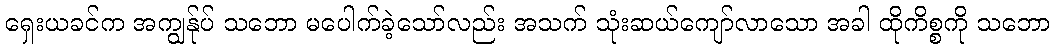
ရှေးယခင်က အကျွန်ုပ် သဘော မပေါက်ခဲ့သော်လည်း အသက် သုံးဆယ်ကျော်လာသော အခါ ထိုကိစ္စကို သဘော